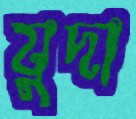
যুদা